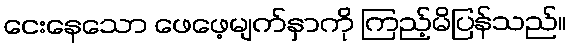
ငေးနေသော ဖေဖေ့မျက်နှာကို ကြည့်မိပြန်သည်။